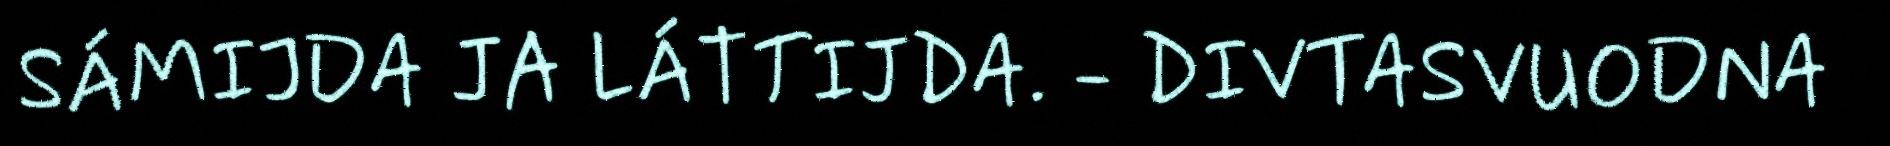
SÁMIJDA JA LÁTTIJDA. - DIVTASVUODNA